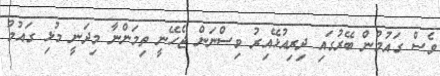
ވެސް ގައުމުން ބޭރުގައި ދިރިއުޅޭއިރު ވިސްނަން ޖެހޭނީ ތިމަންނާ މިދަނީ މުޅި ގައުމު